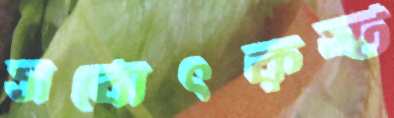
সর্বোৎকৃষ্ট